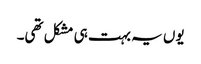
یوں یہ بہت ہی مشکل تھی۔